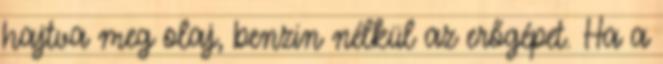
hajtva meg olaj, benzin nélkül az erőgépet. Ha a